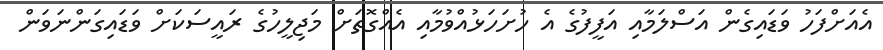
އެއަށްފަހު ވަޑައިގެން އަސްލަމާއި އަފީފުގެ އެ ހުށަހަޅުއްވުމާއި އެއްގޮތަށް މަޖިލީހުގެ ރައީސަކަށް ވަޑައިގަންނަވަން